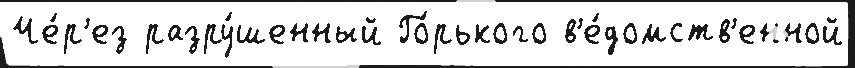
Че́р'ез разру́шенный Го́рького в'е́домств'енной